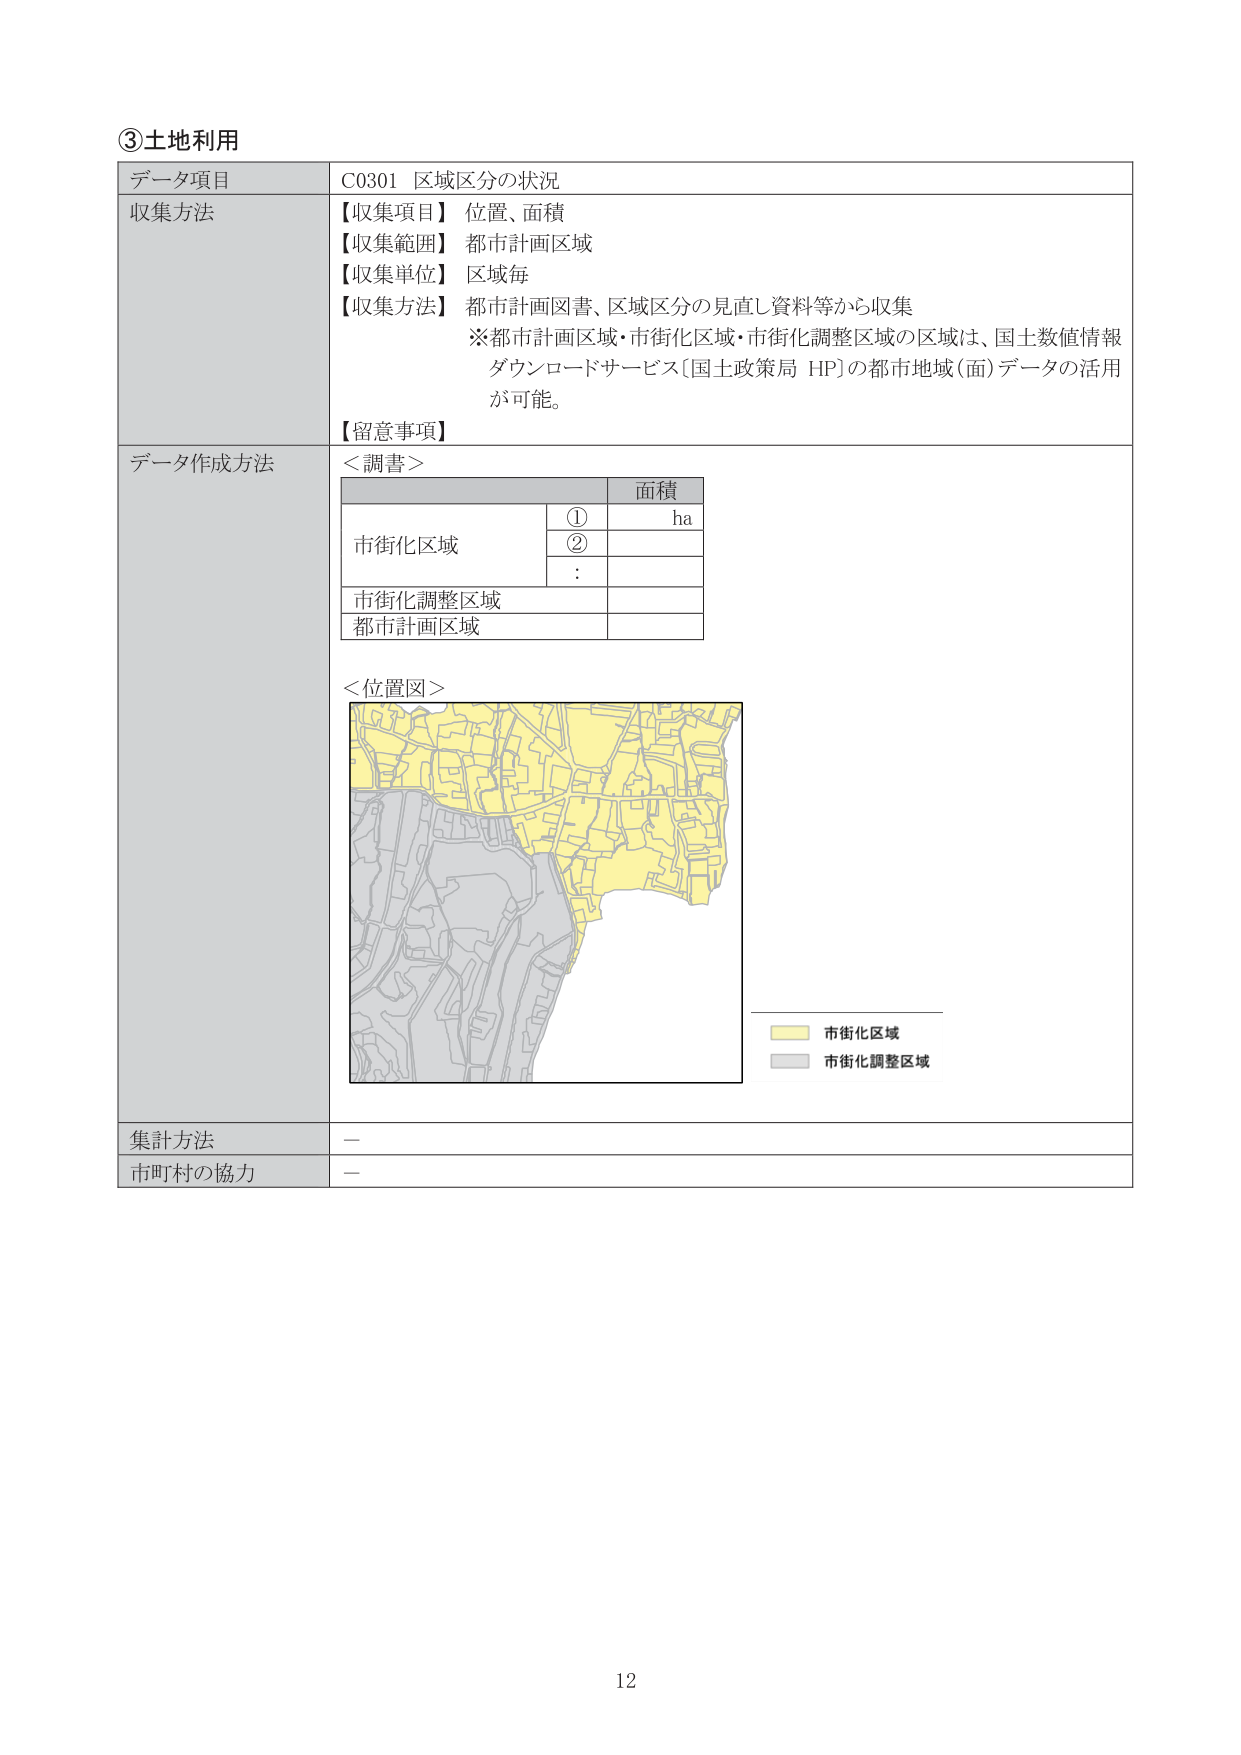
③土地利用
データ項目　C0301 区域区分の状況
収集方法
【収集項目】位置、面積
【収集範囲】都市計画区域
【収集単位】区域毎
【収集方法】都市計画図書、区域区分の見直し資料等から収集
※都市計画区域・市街化区域・市街化調整区域の区域は、国土数値情報ダウンロードサービス[国土政策局 HP]の都市地域(面)データの活用が可能。
【留意事項】
データ作成方法
＜調書＞
　　　　　　　　　　　面積
　　　　　　　①　　ha
市街化区域　　　　　②
　　　　　　　　　　:
市街化調整区域
都市計画区域
＜位置図＞